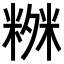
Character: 𥻒